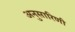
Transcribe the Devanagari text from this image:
अनुसारिणी